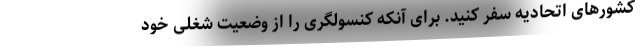
کشورهای اتحادیه سفر کنید. برای آنکه کنسولگری را از وضعیت شغلی خود